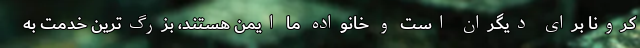
کرونا برای دیگران است و خانواده ما ایمن هستند، بزرگ‌ترین خدمت به